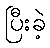
ပြီးခဲ့